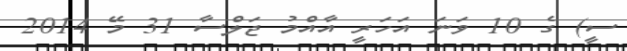
ސީ) ގެ 10 ވަނަ އަހަރީ އާއްމު ޖަލްސާ 31 މޭ 2014